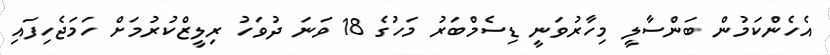
އެހެންކަމުން ބަންސާލީ މިހާރުވަނީ ޑިސެމްބަރު މަހުގެ 18 ވަނަ ދުވަހު ރިލީޒްކުރުމަށް ހަމަޖެހިފައި